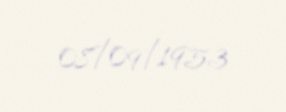
08/09/1953